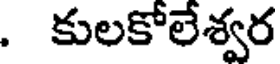
. కులకోలేశ్వర